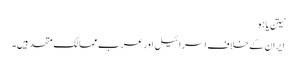
نیتن یاہو
ایران کے خلاف اسرائیل اور عرب ممالک متحد ہیں۔